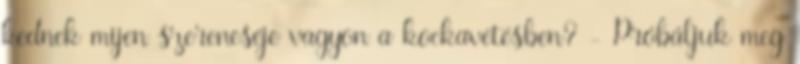
kednek mijen szereneséje vagyon a kockavetésben? - Próbáljuk meg